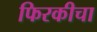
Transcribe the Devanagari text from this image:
फिरकीचा